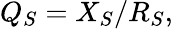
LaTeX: \begin{array}{r}{Q_{S}=X_{S}/R_{S},}\end{array}